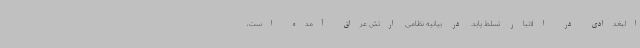
البغدادی در الانبار تسلط یابد. در بیانیه نظامی ارتش عراق آمده است،